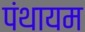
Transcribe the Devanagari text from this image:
पंथायम